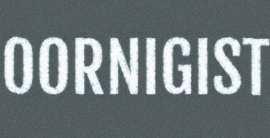
OORNIGIST